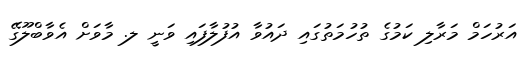
އަރުހަމް މަރާލި ކަމުގެ ތުހުމަތުގައި ދައުވާ އުފުލާފައި ވަނީ ލ. މާވަށް އެވާބްލޫގޭ